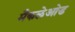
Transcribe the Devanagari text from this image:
मैकलेओड